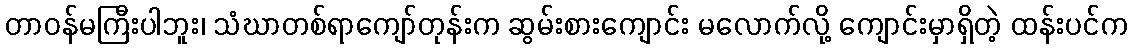
တာဝန်မကြီးပါဘူး၊ သံဃာတစ်ရာကျော်တုန်းက ဆွမ်းစားကျောင်း မလောက်လို့ ကျောင်းမှာရှိတဲ့ ထန်းပင်က